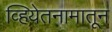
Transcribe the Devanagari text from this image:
व्हियेतनामातून